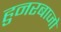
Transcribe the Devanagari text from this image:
हुनरबाजो